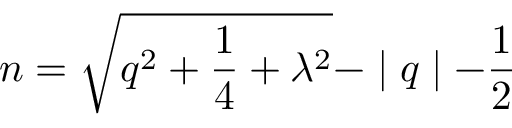
n = \sqrt { q ^ { 2 } + \frac 1 4 + \lambda ^ { 2 } } - \mid q \mid - \frac 1 2